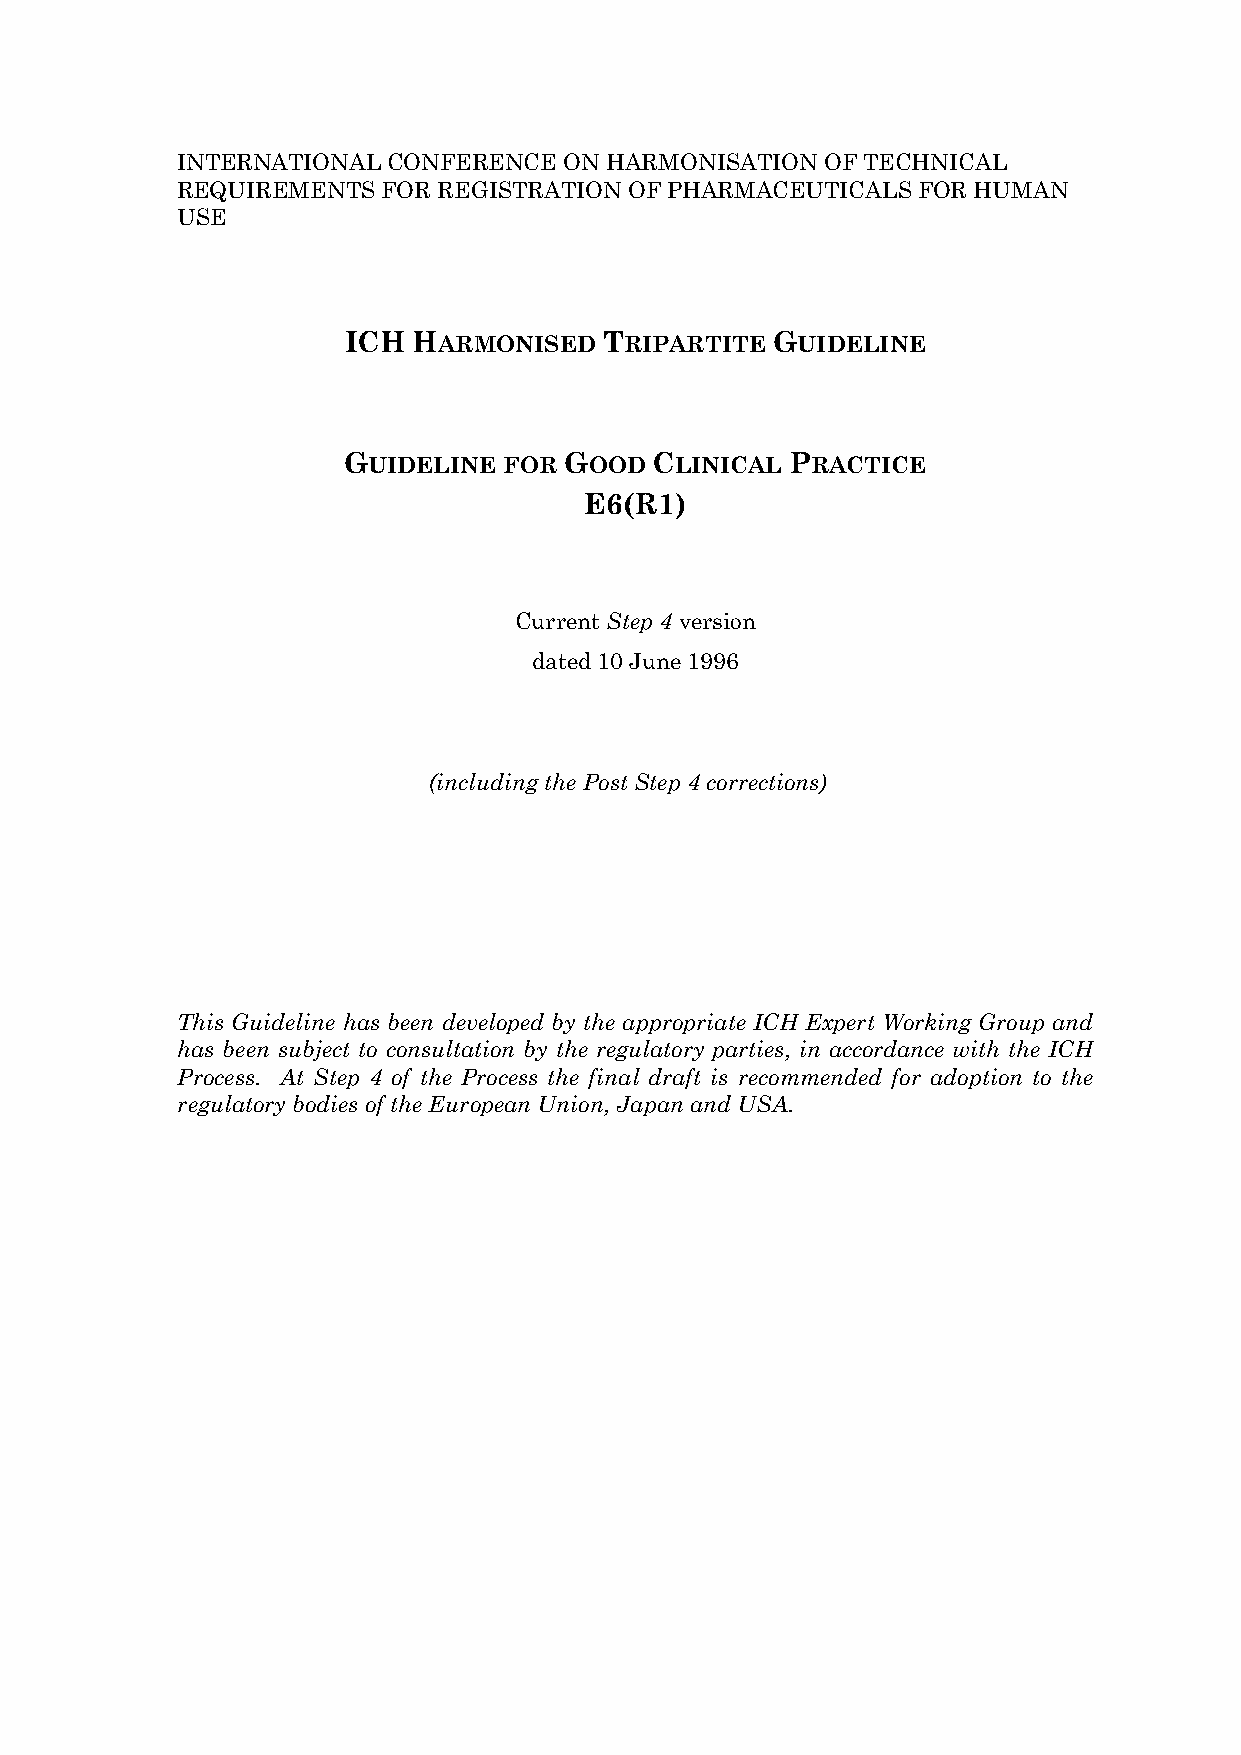
INTERNATIONAL CONFERENCE ON HARMONISATION  OF TECHNICAL
 REQUIREMENTS FOR REGISTRATION OF PHARMACEUTICALS FOR HUMAN
 USE
 ICH HARMONISED   TRIPARTITE GUIDELINE
 GUIDELINE FOR GOOD  CLINICAL PRACTICE
 E6(R1)
 Current Step 4 version
 dated 10 June 1996
 (including the Post Step 4 corrections)
 This Guideline has been developed by the appropriate ICH Expert Working Group and
 has been subject to consultation by the regulatory parties, in accordance with the ICH
 Process. At Step 4 of the Process the final draft is recommended for adoption to the
 regulatory bodies of the European Union, Japan and USA.